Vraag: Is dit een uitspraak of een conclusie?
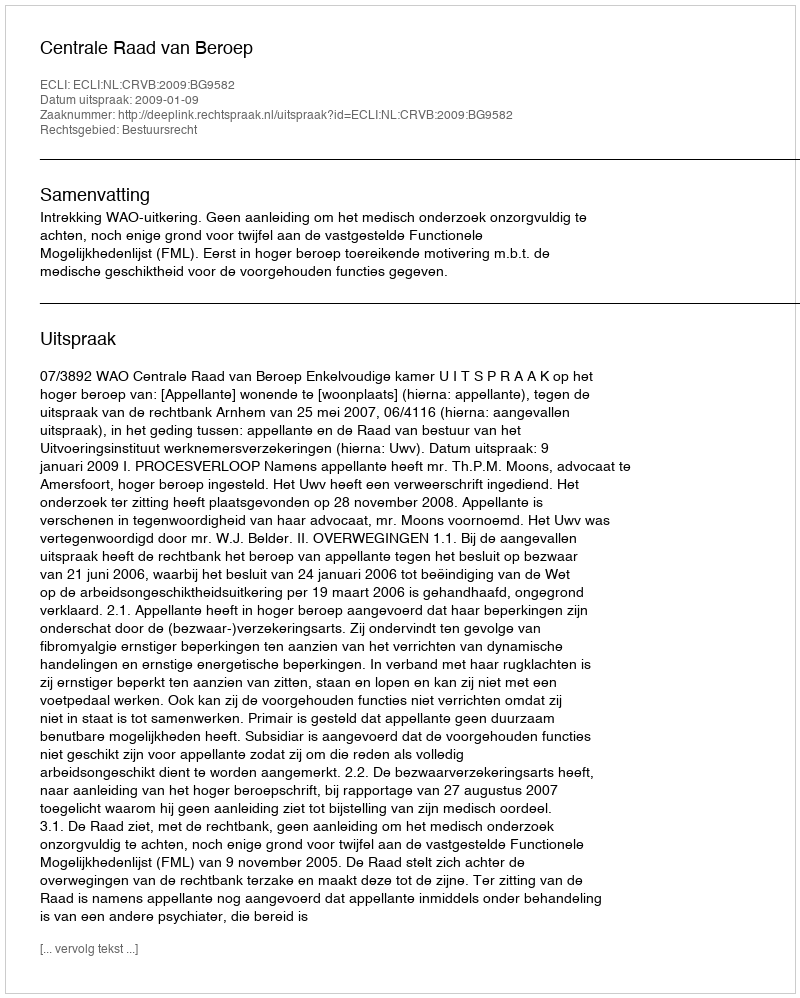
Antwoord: Uitspraak